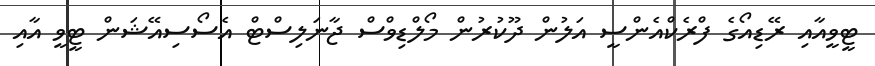
ޓީވީއާއި ރޭޑިއޯގެ ފްރެކްއެންސީ އަލުން ދޫކުރުން މޯލްޑިވްސް ޖާނަލިސްޓް އެސޯސިއޭޝަން ޓީވީ އާއި